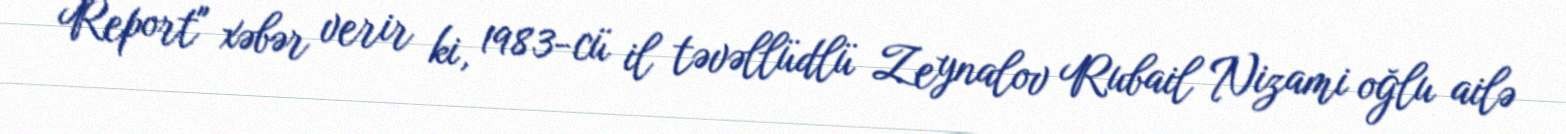
Report" xəbər verir ki, 1983-cü il təvəllüdlü Zeynalov Rubail Nizami oğlu ailə